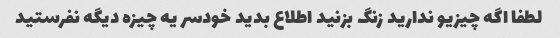
لطفا اگه چیزیو ندارید زنگ بزنید اطلاع بدید خودسر یه چیزه دیگه نفرستید